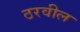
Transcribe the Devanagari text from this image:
ठरवील